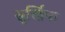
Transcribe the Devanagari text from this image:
सुर्खिया